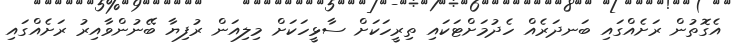
އެގޮތުން ރަށެއްގައި ބަނދަރެއް ހެދުމަށްޓަކައި ތިރީހަކަށް ސާޅީހަކަށް މިލިއަން ރުފިޔާ ބޭނުންވާއިރު ރަށެއްގައި